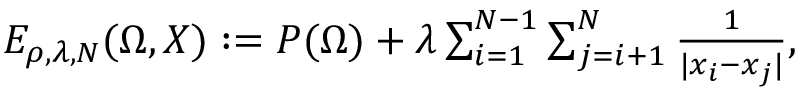
\begin{array} { r } { E _ { \rho , \lambda , N } ( \Omega , X ) : = P ( \Omega ) + \lambda \sum _ { i = 1 } ^ { N - 1 } \sum _ { j = i + 1 } ^ { N } { \frac { 1 } { | x _ { i } - x _ { j } | } } , } \end{array}